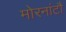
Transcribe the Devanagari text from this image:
मोरनांटौ